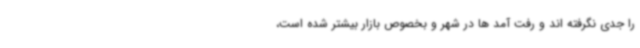
را جدی نگرفته اند و رفت آمد ها در شهر و بخصوص بازار بیشتر شده است،